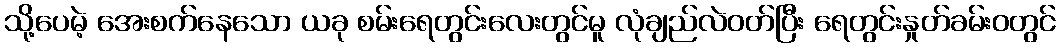
သို့ပေမဲ့ အေးစက်နေသော ယခု စမ်းရေတွင်းလေးတွင်မူ လုံချည်လဲဝတ်ပြီး ရေတွင်းနှုတ်ခမ်းဝတွင်